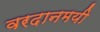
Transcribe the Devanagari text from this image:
वरदानमयी